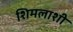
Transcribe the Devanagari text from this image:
शिमलाशी